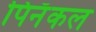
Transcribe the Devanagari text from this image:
पिनॅकल